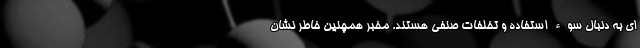
ای به دنبال سوء استفاده و تخلفات صنفی هستند. مخبر همچنین خاطر نشان